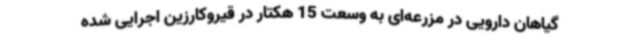
گیاهان دارویی در مزرعه‌ای به وسعت 15 هکتار در قیروکارزین اجرایی شده